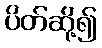
ပိတ်ဆို့၍